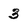
Character: 3